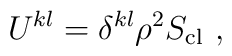
U^{kl} = \delta^{kl} \rho^2 S_{\rm cl} \ ,